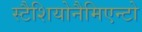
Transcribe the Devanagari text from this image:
स्टैशियोनैमिएन्टो